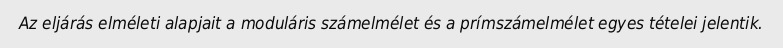
Az eljárás elméleti alapjait a moduláris számelmélet és a prímszámelmélet egyes tételei jelentik.